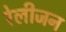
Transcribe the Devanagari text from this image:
रेलीजन